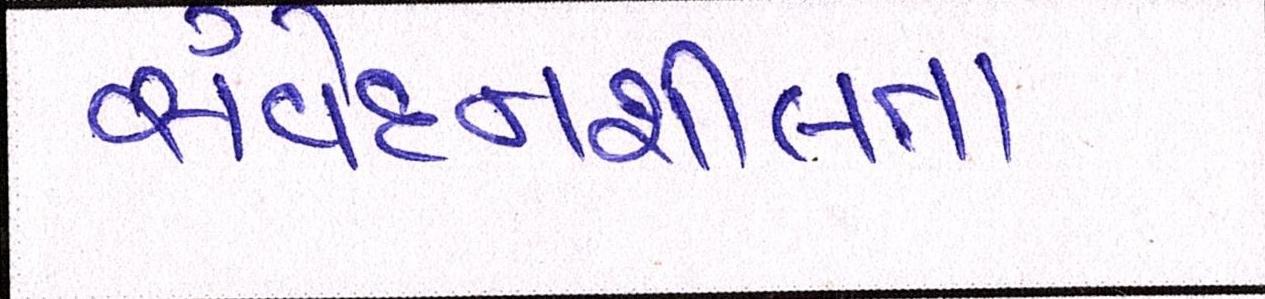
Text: સંવેદનશીલતા